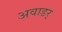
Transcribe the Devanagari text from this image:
अवाडर्